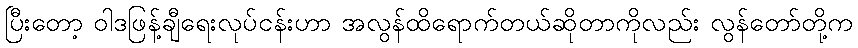
ပြီးတော့ ဝါဒဖြန့်ချီရေးလုပ်ငန်းဟာ အလွန်ထိရောက်တယ်ဆိုတာကိုလည်း လွန်တော်တို့က